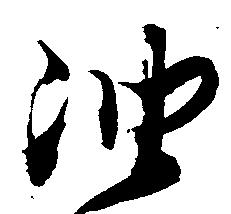
油